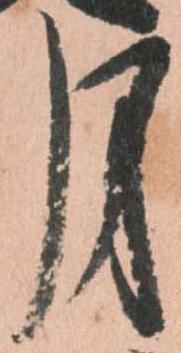
月